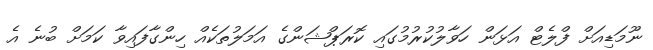
ނޫމަޑިއަށް ފްލެޓް އަޅަން ހަވާލުކުރުމުގައި ކޮރަޕްޝަންގެ އަމަލުތަކެއް ހިންގާފައިވާ ކަމަށް ބުނެ އެ